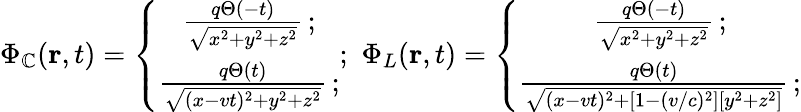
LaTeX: \Phi_{\mathbb{C}}({\mathbf{r}},t)=\left\{ \begin{array}{ccc}{\frac{q\Theta(-t)}{\sqrt{x^{2}+y^{2}+z^{2}}}\, ;}\\ {\frac{q\Theta(t)}{\sqrt{(x-vt)^{2}+y^{2}+z^{2}}}\, ;}\end{array}\right.;\, \, \Phi_{L}({\mathbf{r}},t)=\left\{ \begin{array}{ccc}{\frac{q\Theta(-t)}{\sqrt{x^{2}+y^{2}+z^{2}}}\, ;}\\ {\frac{q\Theta(t)}{\sqrt{(x-vt)^{2}+[1-(v/c)^{2}][y^{2}+z^{2}]}}\, ;}\end{array}\right.